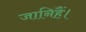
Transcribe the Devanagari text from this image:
जानिहैं।